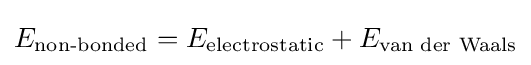
E_{\text{non-bonded}}=E_{\text{electrostatic}}+E_{\text{van der Waals}}